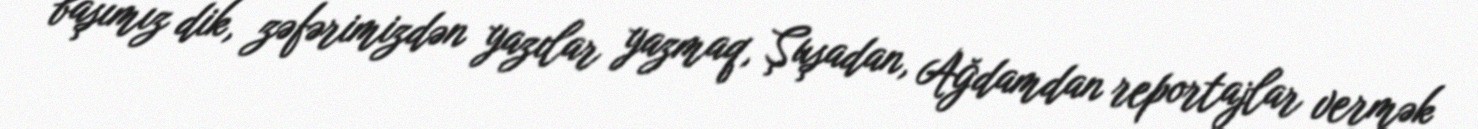
başımız dik, zəfərimizdən yazılar yazmaq, Şuşadan, Ağdamdan reportajlar vermək